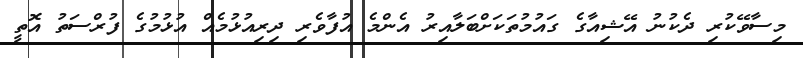
މިސާވޭކުރި ދެކުނު އޭޝިއާގެ ގައުމުތަކަށްބަލާއިރު އެންމެ އުފާވެރި ދިރިއުޅުމެއް އުޅުމުގެ ފުރްސަތު އޮތީ